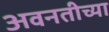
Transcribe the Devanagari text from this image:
अवनतीच्या